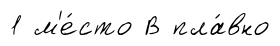
1 м'е́сто В пла́вно